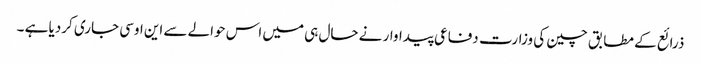
ذرائع کے مطابق چین کی وزارت دفاعی پیداوار نے حال ہی میں اس حوالے سے این اوسی جاری کردیا ہے ۔